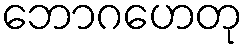
ဘောဂဟေတု